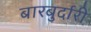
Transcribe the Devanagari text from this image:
बारबुर्दारी